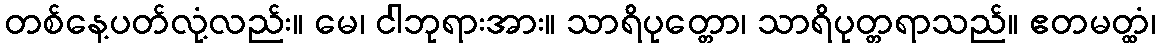
တစ်နေ့ပတ်လုံ့လည်း။ မေ၊ ငါဘုရားအား။ သာရိပုတ္တော၊ သာရိပုတ္တရာသည်။ ဧတမတ္ထံ၊